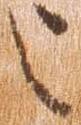
也